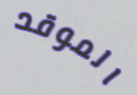
الموقد